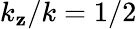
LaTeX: k_{\mathbf{z}}/k={1}/{2}